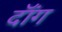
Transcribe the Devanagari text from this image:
दॉंग